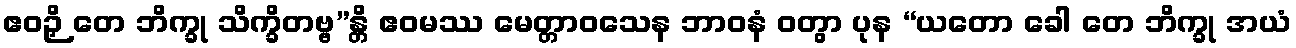
ဧဝဉှိ တေ ဘိက္ခု သိက္ခိတဗ္ဗ”န္တိ ဧဝမဿ မေတ္တာဝသေန ဘာဝနံ ဝတွာ ပုန “ယတော ခေါ တေ ဘိက္ခု အယံ